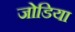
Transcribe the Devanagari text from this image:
जोडिया